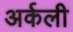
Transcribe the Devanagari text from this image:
अर्कली